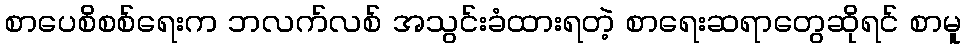
စာပေစိစစ်ရေးက ဘလက်လစ် အသွင်းခံထားရတဲ့ စာရေးဆရာတွေဆိုရင် စာမူ